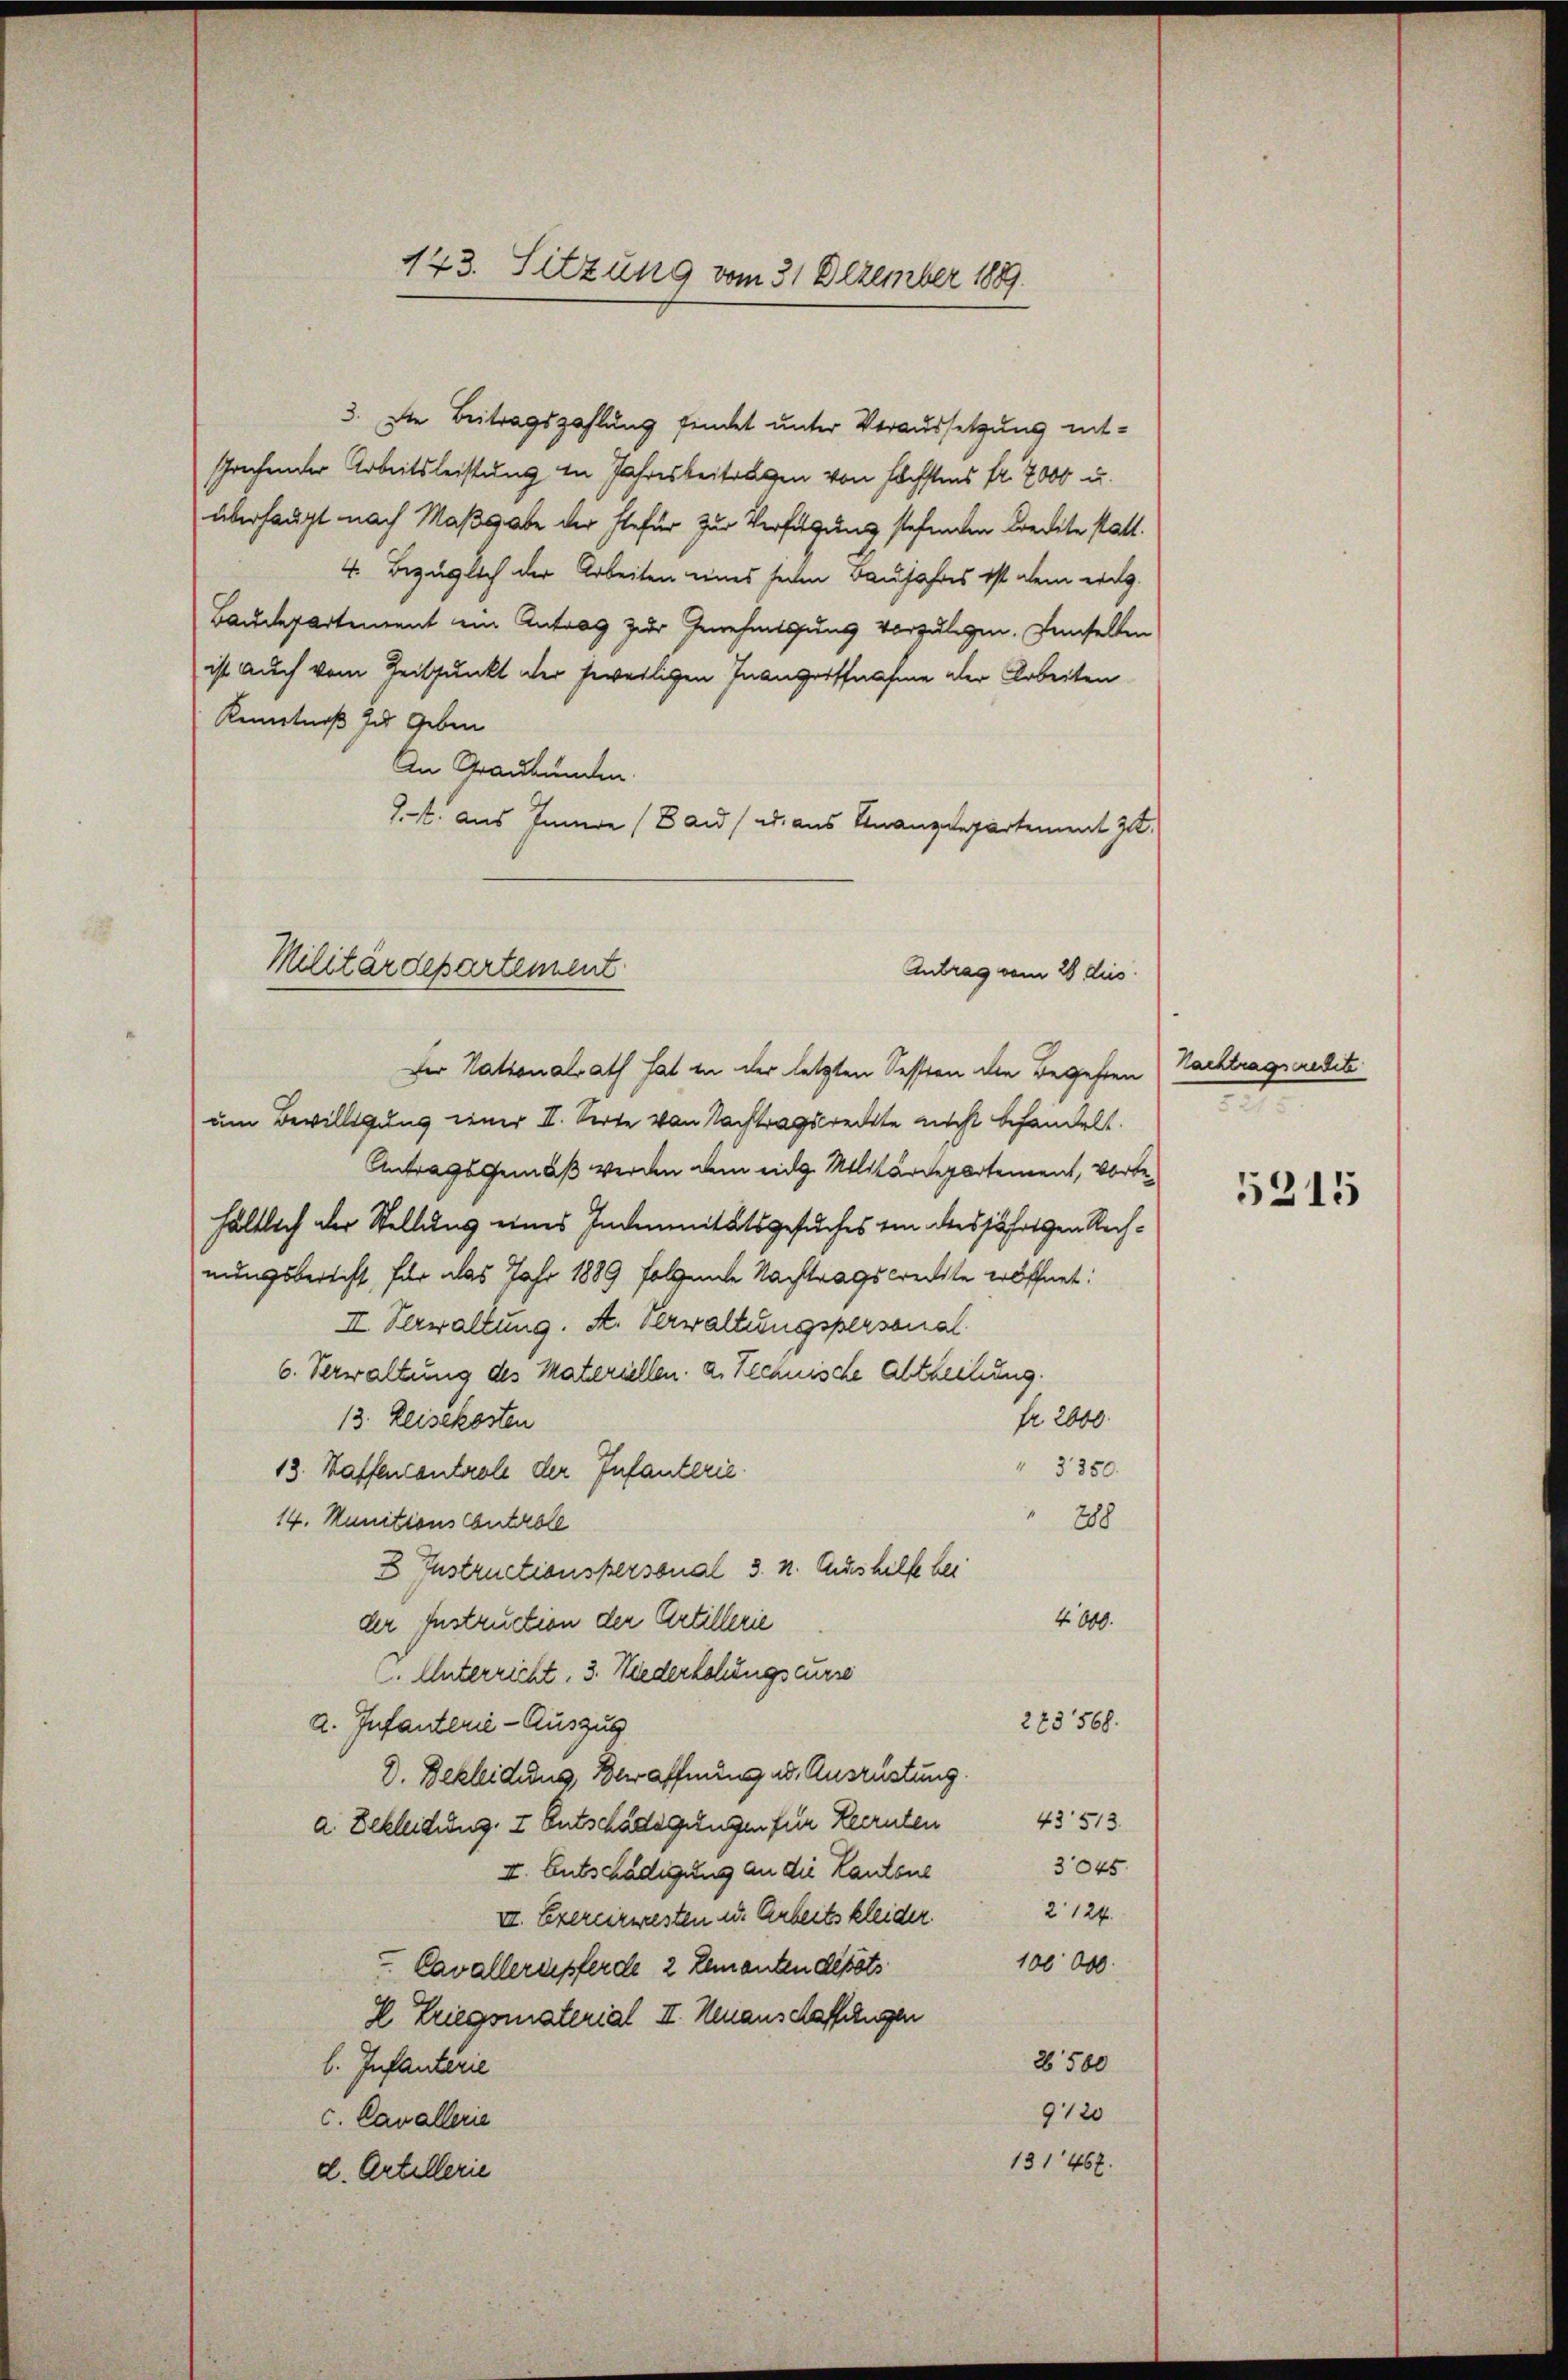
3. Die Beitragszahlung findet unter Veraussetzung entsprechender Arbeitsleistung in Jahresbeitragen von höchstens fr. 7000 u.
überhaupt nach Maßgabe der stefür zur Verfügung stehenden Credite statt.
4. Bezüglich der Arbeiten eines seiten Baujahres ist dem eig
Baudepartement ein Antrag zur Genehmessung vorzulegen. Denselben
ist auch vom Zeitpunkt der jeweiligen Inangriffnahme der Arbeiten
Kenntniß zu geben
An Graubünden.
J.. aus Innere (Band u. aus Finanzdepartement zu¬
Der Nationalrath hat in der letzten Session die Begehren
um Bewilligung einer II. Seite von Nachtragsrechte nicht behandelt.
Antragsgemäß werden dem eidg. Militärdepartement, vorbehältlich der Stellung eines Indemnitätsgesuches ein desjährigen Rechnungsbericht, für das Jahr 1889 folgende Nachtragskredite eröffnet:
II Verwaltung. A. Verwaltungspersonal
6. Verwaltung des Materiellen. a. Rechnische Abtheilung.
13. Reisekosten
Nr. 2000.
3350.
13. Waffencontrole der Infanterie.
14. Munitions Controll
28
B Instructionspersonal 3. n. Aushilfe bei
4. 800.
der Instruction der Artillerie
. Unterricht, 3. Niederhohuugscurse
223568.
a. Infanterie-Auszug
D. Bekleidung, Bewaffnung ad. Ausrüstung
43513.
a. Bekleidung. I Entschädigungen für Recruten
3045
II. Entschädigung an die Kantone
2124
II. Exercirwesten u. Arbeits kleider
100000.
Cavallerupferde, 2 Lemanten debets
2. Triegsmaterial II. Neuanschaffelngen
26500
l. Infantarie
9120
c. Cavallerie
131467.
d. Artellerie

173. Sitzung vom 31 Dezember 1889.

Militärdepartement
Antrag vom 28 dies

Nachtragsredete

5215